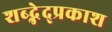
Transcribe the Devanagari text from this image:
शब्द्भेद्प्रकाश